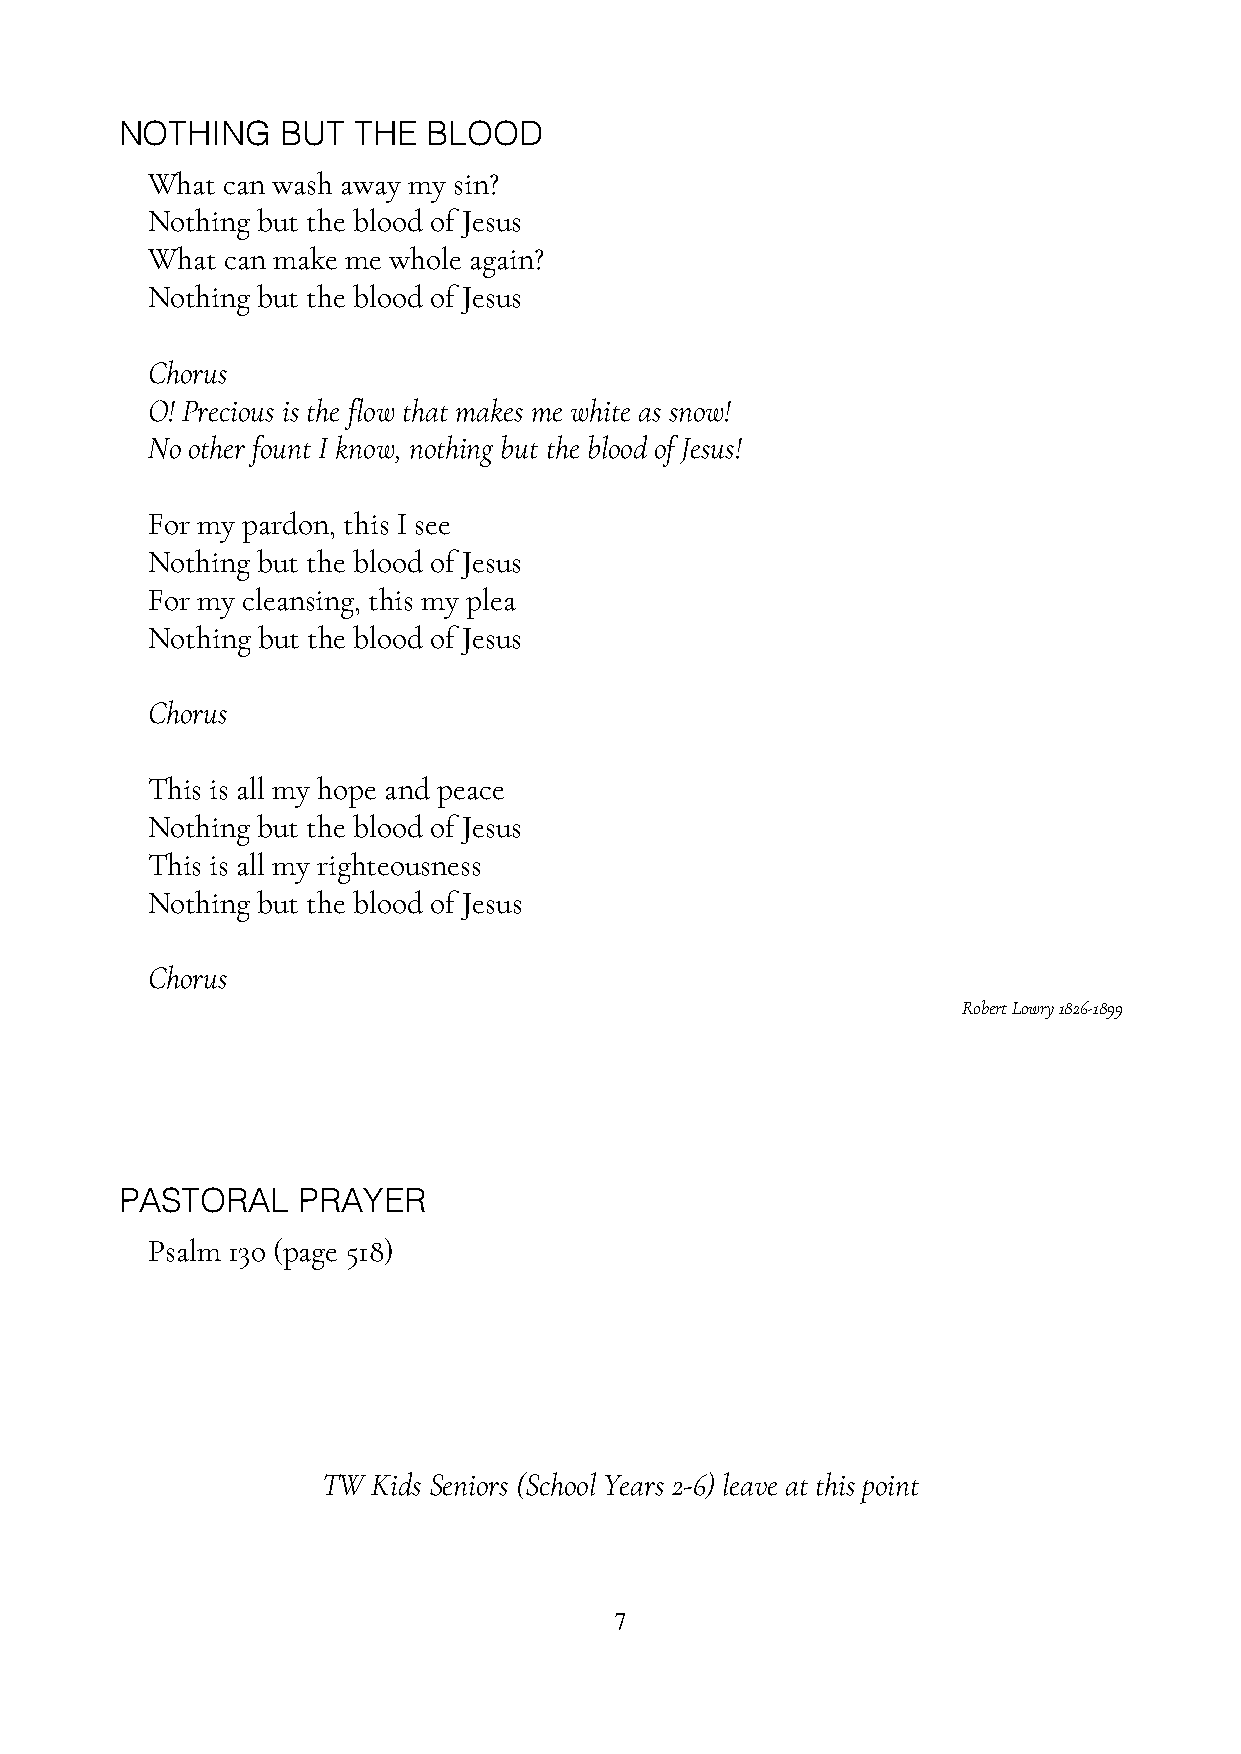
NOTHING    BUT THE  BLOOD
 What can wash away my sin?
 Nothing but the blood of Jesus
 What can make me whole again?
 Nothing but the blood of Jesus
 Chorus
 O! Precious is the flow that makes me white as snow!
 No other fount I know, nothing but the blood of Jesus!
 For my pardon, this I see
 Nothing but the blood of Jesus
 For my cleansing, this my plea
 Nothing but the blood of Jesus
 Chorus
 This is all my hope and peace
 Nothing but the blood of Jesus
 This is all my righteousness
 Nothing but the blood of Jesus
 Chorus
 Robert Lowry 1826-1899
 PASTORAL    PRAYER
 Psalm 130 (page 518)
 TW  Kids Seniors (School Years 2-6) leave at this point
 7